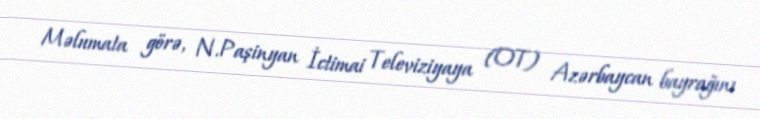
Məlumata görə, N.Paşinyan İctimai Televiziyaya (OT) Azərbaycan bayrağını